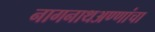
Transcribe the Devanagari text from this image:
नागनाथअण्णांचा